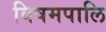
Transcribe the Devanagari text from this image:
विषमपालि